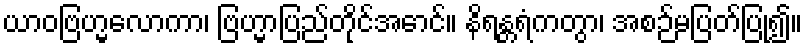
ယာဝဗြဟ္မလောကာ၊ ဗြဟ္မာပြည်တိုင်အောင်။ နိရန္တရံကတွာ၊ အစဉ်မပြတ်ပြု၍။